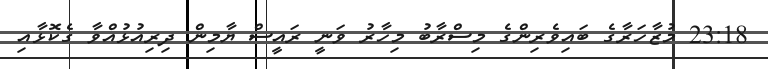
23:18 މުޒާހަރާގެ ބައިވެރިންގެ މިސްރާބު މިހާރު ވަނީ ރައީސް ޔާމިން ދިރިއުޅުއްވާ ގެކޮޅާއި